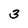
Character: 3